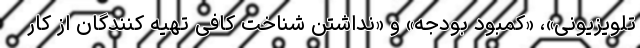
تلویزیونی»، «کمبود بودجه» و «نداشتن شناخت کافی تهیه کنندگان از کار